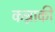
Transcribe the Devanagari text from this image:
कन्नाकी